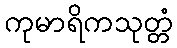
ကုမာရိကသုတ္တံ